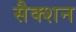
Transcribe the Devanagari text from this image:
सैक्‍शन